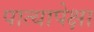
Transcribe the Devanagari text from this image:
पात्यापेक्षा